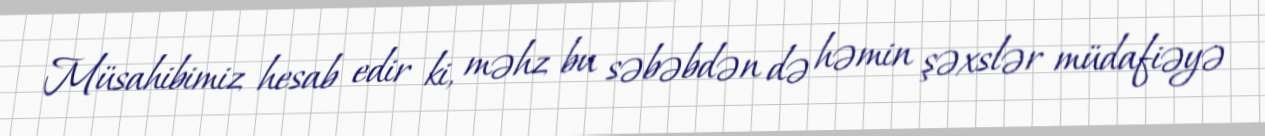
Müsahibimiz hesab edir ki, məhz bu səbəbdən də həmin şəxslər müdafiəyə